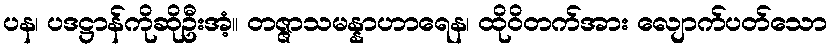
ပန၊ ပဒဋ္ဌာန်ကိုဆိုဦးအံ့။ တဇ္ဇာသမန္နာဟာရေန၊ ထိုဝိတက်အား လျောက်ပတ်သော